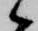
候